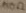
Text: 150Ω